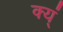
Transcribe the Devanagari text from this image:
क्य्ं